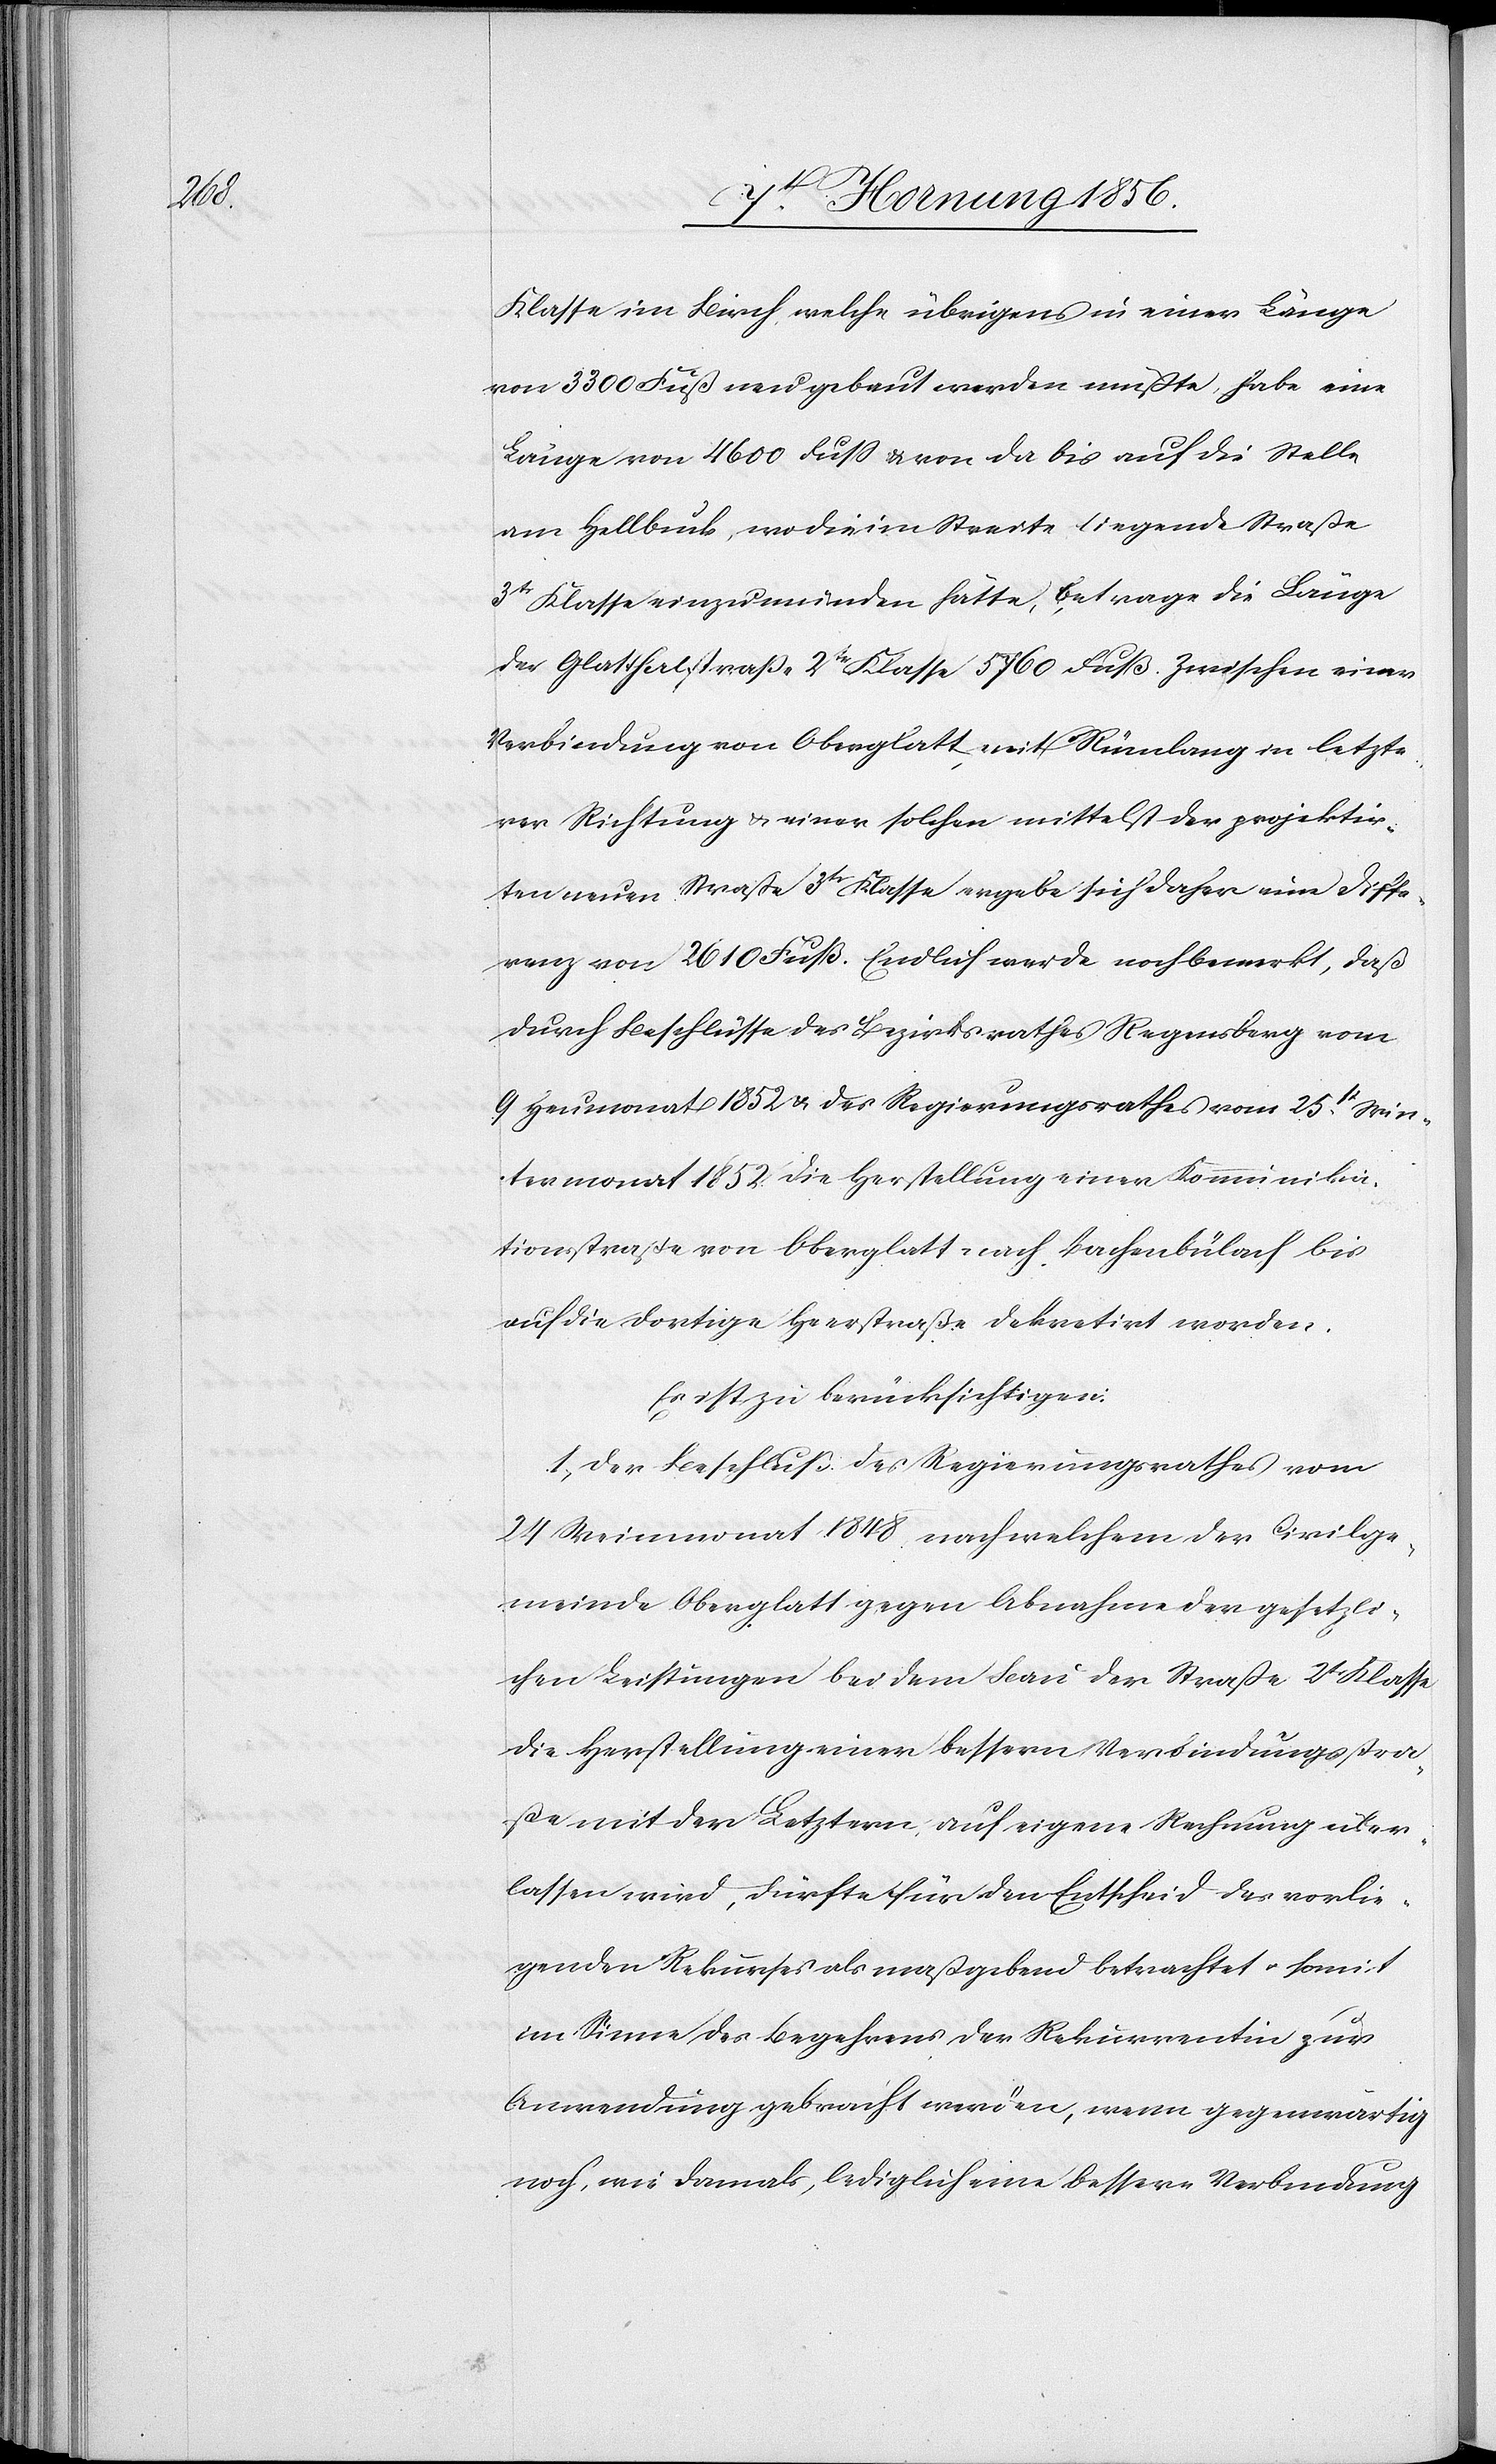
in
von 3300 Fuß neu gebaut werden mußte, habe eine
Länge von 4600 Fuß u. von da bis auf die Stelle
am Hellbuck, wo die im Streite liegende Straße
3tr Klasse einzumünden hätte, betrage die Länge
der Glatthalstraße 2tr Klasse 5760 Fuß. Zwischen einer
Verbindung von Oberglatt, mit Rümlang in letzte¬
rer Richtung u. einer solchen mittelst der projektir¬
ten neuen Straße 3tr Klasse ergebe sich daher eine Diffe¬
renz von 2610 Fuß. Endlich werde noch bemerkt, daß
durch Beschlüsse des Bezirksrathes Regensberg vom
9 Heumonat 1852 u. des Regierungsrathes vom 25t Win¬
termonat 1852. die Herstellung einer Kommunika¬
tionsstraße von Oberglatt nach Bachenbülach bis
auf die dortige Heerstraße dekretirt worden.
Es ist zu berücksichtigen:
1., Der Beschluß des Regierungsrathes vom
24 Weinmonat 1848 nach welchem der Civilge¬
meinde Oberglatt gegen Abnahme der gesetzli¬
chen Leistungen bei dem Bau der Straße 2tr Klasse
die Herstellung einer bessern Verbindungsstra¬
ße mit der Letztern, auf eigene Rechnung über¬
lassen wird, dürfte für den Entscheid des vorlie¬
genden Rekurses als maßgebend betrachtet u. somit
im Sinne des Begehrens der Rekurrentin zur
Anwendung gebracht werden, wenn gegenwärtig
noch, wie damals, lediglich eine bessere Verbindung